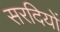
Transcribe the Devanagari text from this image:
सरदियों